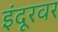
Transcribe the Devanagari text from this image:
इंदूरवर